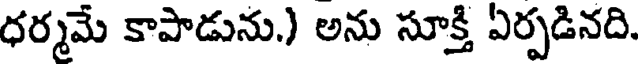
ధర్మమే కాపాడును.) అను సూక్తి ఏర్పడినది.